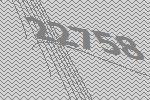
22758